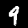
Digit: 9